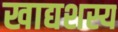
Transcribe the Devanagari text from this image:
खाद्यशस्य